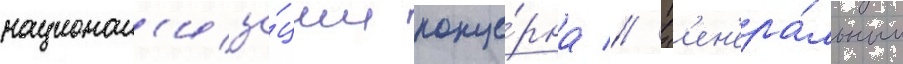
национал'иза́ции конце́рна // Г'ен'ера́льным